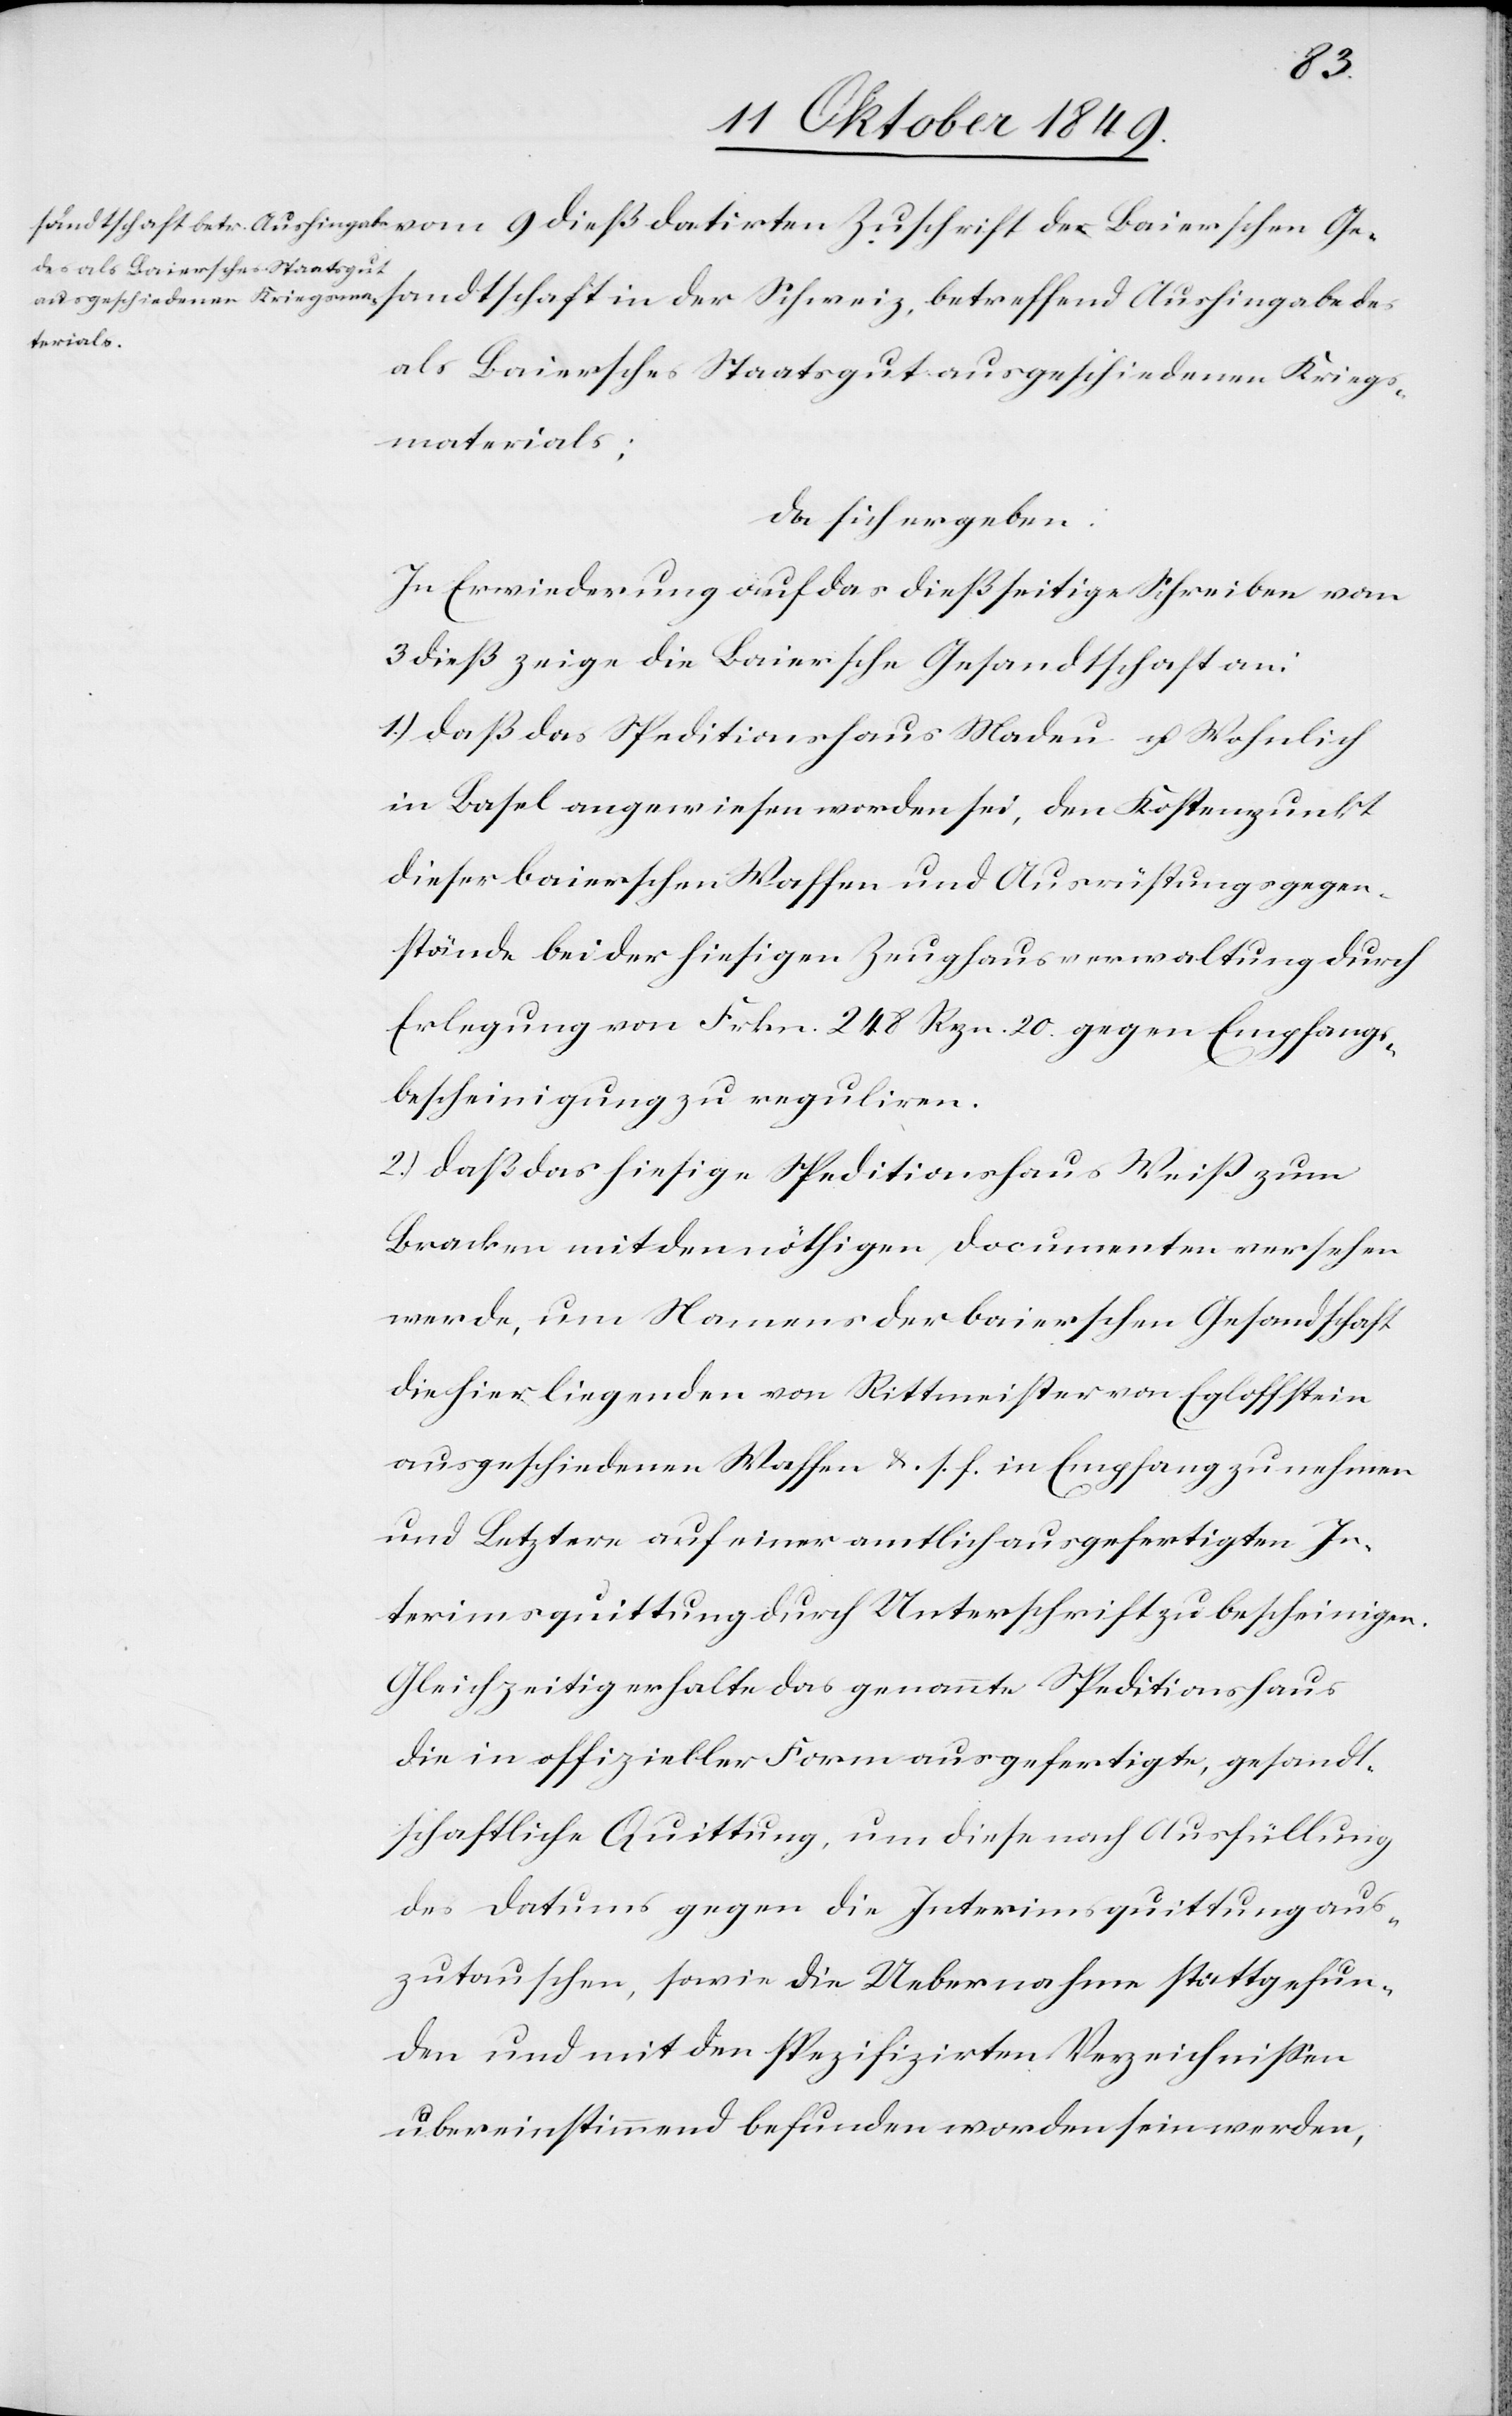
der
Baierschen Gesandtschaft in der Schweiz, betreffend Aushingabe des
als Baiersches Staatsgut ausgeschiedenen Kriegs¬
materials;
da sich ergeben:
In Erwiederung auf das dießseitige Schreiben vom
3 dieß zeige die Baiersche Gesandtschaft an:
1.) daß das Speditionshaus Madeu u. Wohnlich
in Basel angewiesen worden sei, den Kostenpunkt
dieser baierschen Waffen und Ausrüstungsgegen¬
stände bei der hiesigen Zeughausverwaltung durch
Erlegung von Frkn. 248 Rpn. 20 gegen Empfangs¬
bescheinigung zu reguliren.
2.) daß das hiesige Speditionshaus Weiß zum
Bracken mit den nöthigen Documenten versehen
werde, um Namens der baierschen Gesandtschaft
die hier liegenden von Rittmeister von Egloffstein
ausgeschiedenen Waffen u. s. f. in Empfang zu nehmen
und Letztere auf einer amtlich ausgefertigten In¬
terimsquittung durch Unterschrift zu bescheinigen.
Gleichzeitig erhalte das genannte Speditionshaus
die in offizieller Form ausgefertigte, gesandt¬
schaftliche Quittung, um diese nach Ausfüllung
des Datums gegen die Interimsquittung aus¬
zutauschen, sowie die Uebernahme stattgefun¬
den und mit den spezifizirten Verzeichnißen
übereinstimmend befunden worden sein werden,